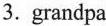
3.grandpa